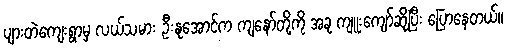
ပျားတဲကျေးရွာမှ လယ်သမား ဦးနုအောင်က ကျနော်တို့ကို အခု ကျူးကျော်ဆိုပြီး ပြောနေတယ်။